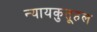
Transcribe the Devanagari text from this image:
न्यायकुतूहल